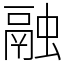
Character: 融